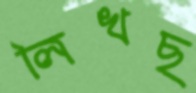
লিখছ